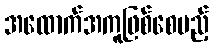
အထောက်အကူဖြစ်စေမည့်